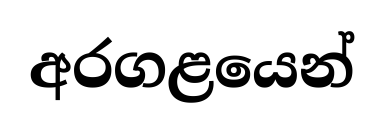
අරගළයෙන්